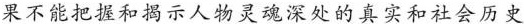
果不能把握和揭示人物灵魂深处的真实和社会历史